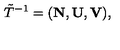
{ \tilde { T } } ^ { - 1 } = ( { \bf N } , { \bf U } , { \bf V } ) ,